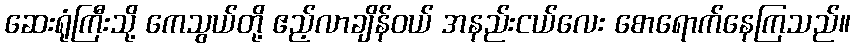
ဆေးရုံကြီးသို့ ကေသွယ်တို့ ဧည့်လာချိန်ဝယ် အနည်းငယ်လေး စောရောက်နေကြသည်။